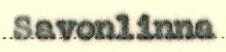
Savonlinna